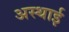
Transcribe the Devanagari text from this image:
अस्‍थाई